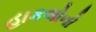
હાકલોનો